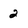
Character: 2